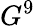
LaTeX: G^{9}